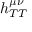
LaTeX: h _ { T T } ^ { \mu \nu }